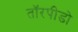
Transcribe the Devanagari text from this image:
तॉरपीडो